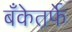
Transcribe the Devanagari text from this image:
बँकेतर्फे